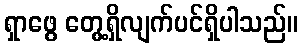
ရှာဖွေ တွေ့ရှိလျက်ပင်ရှိပါသည်။